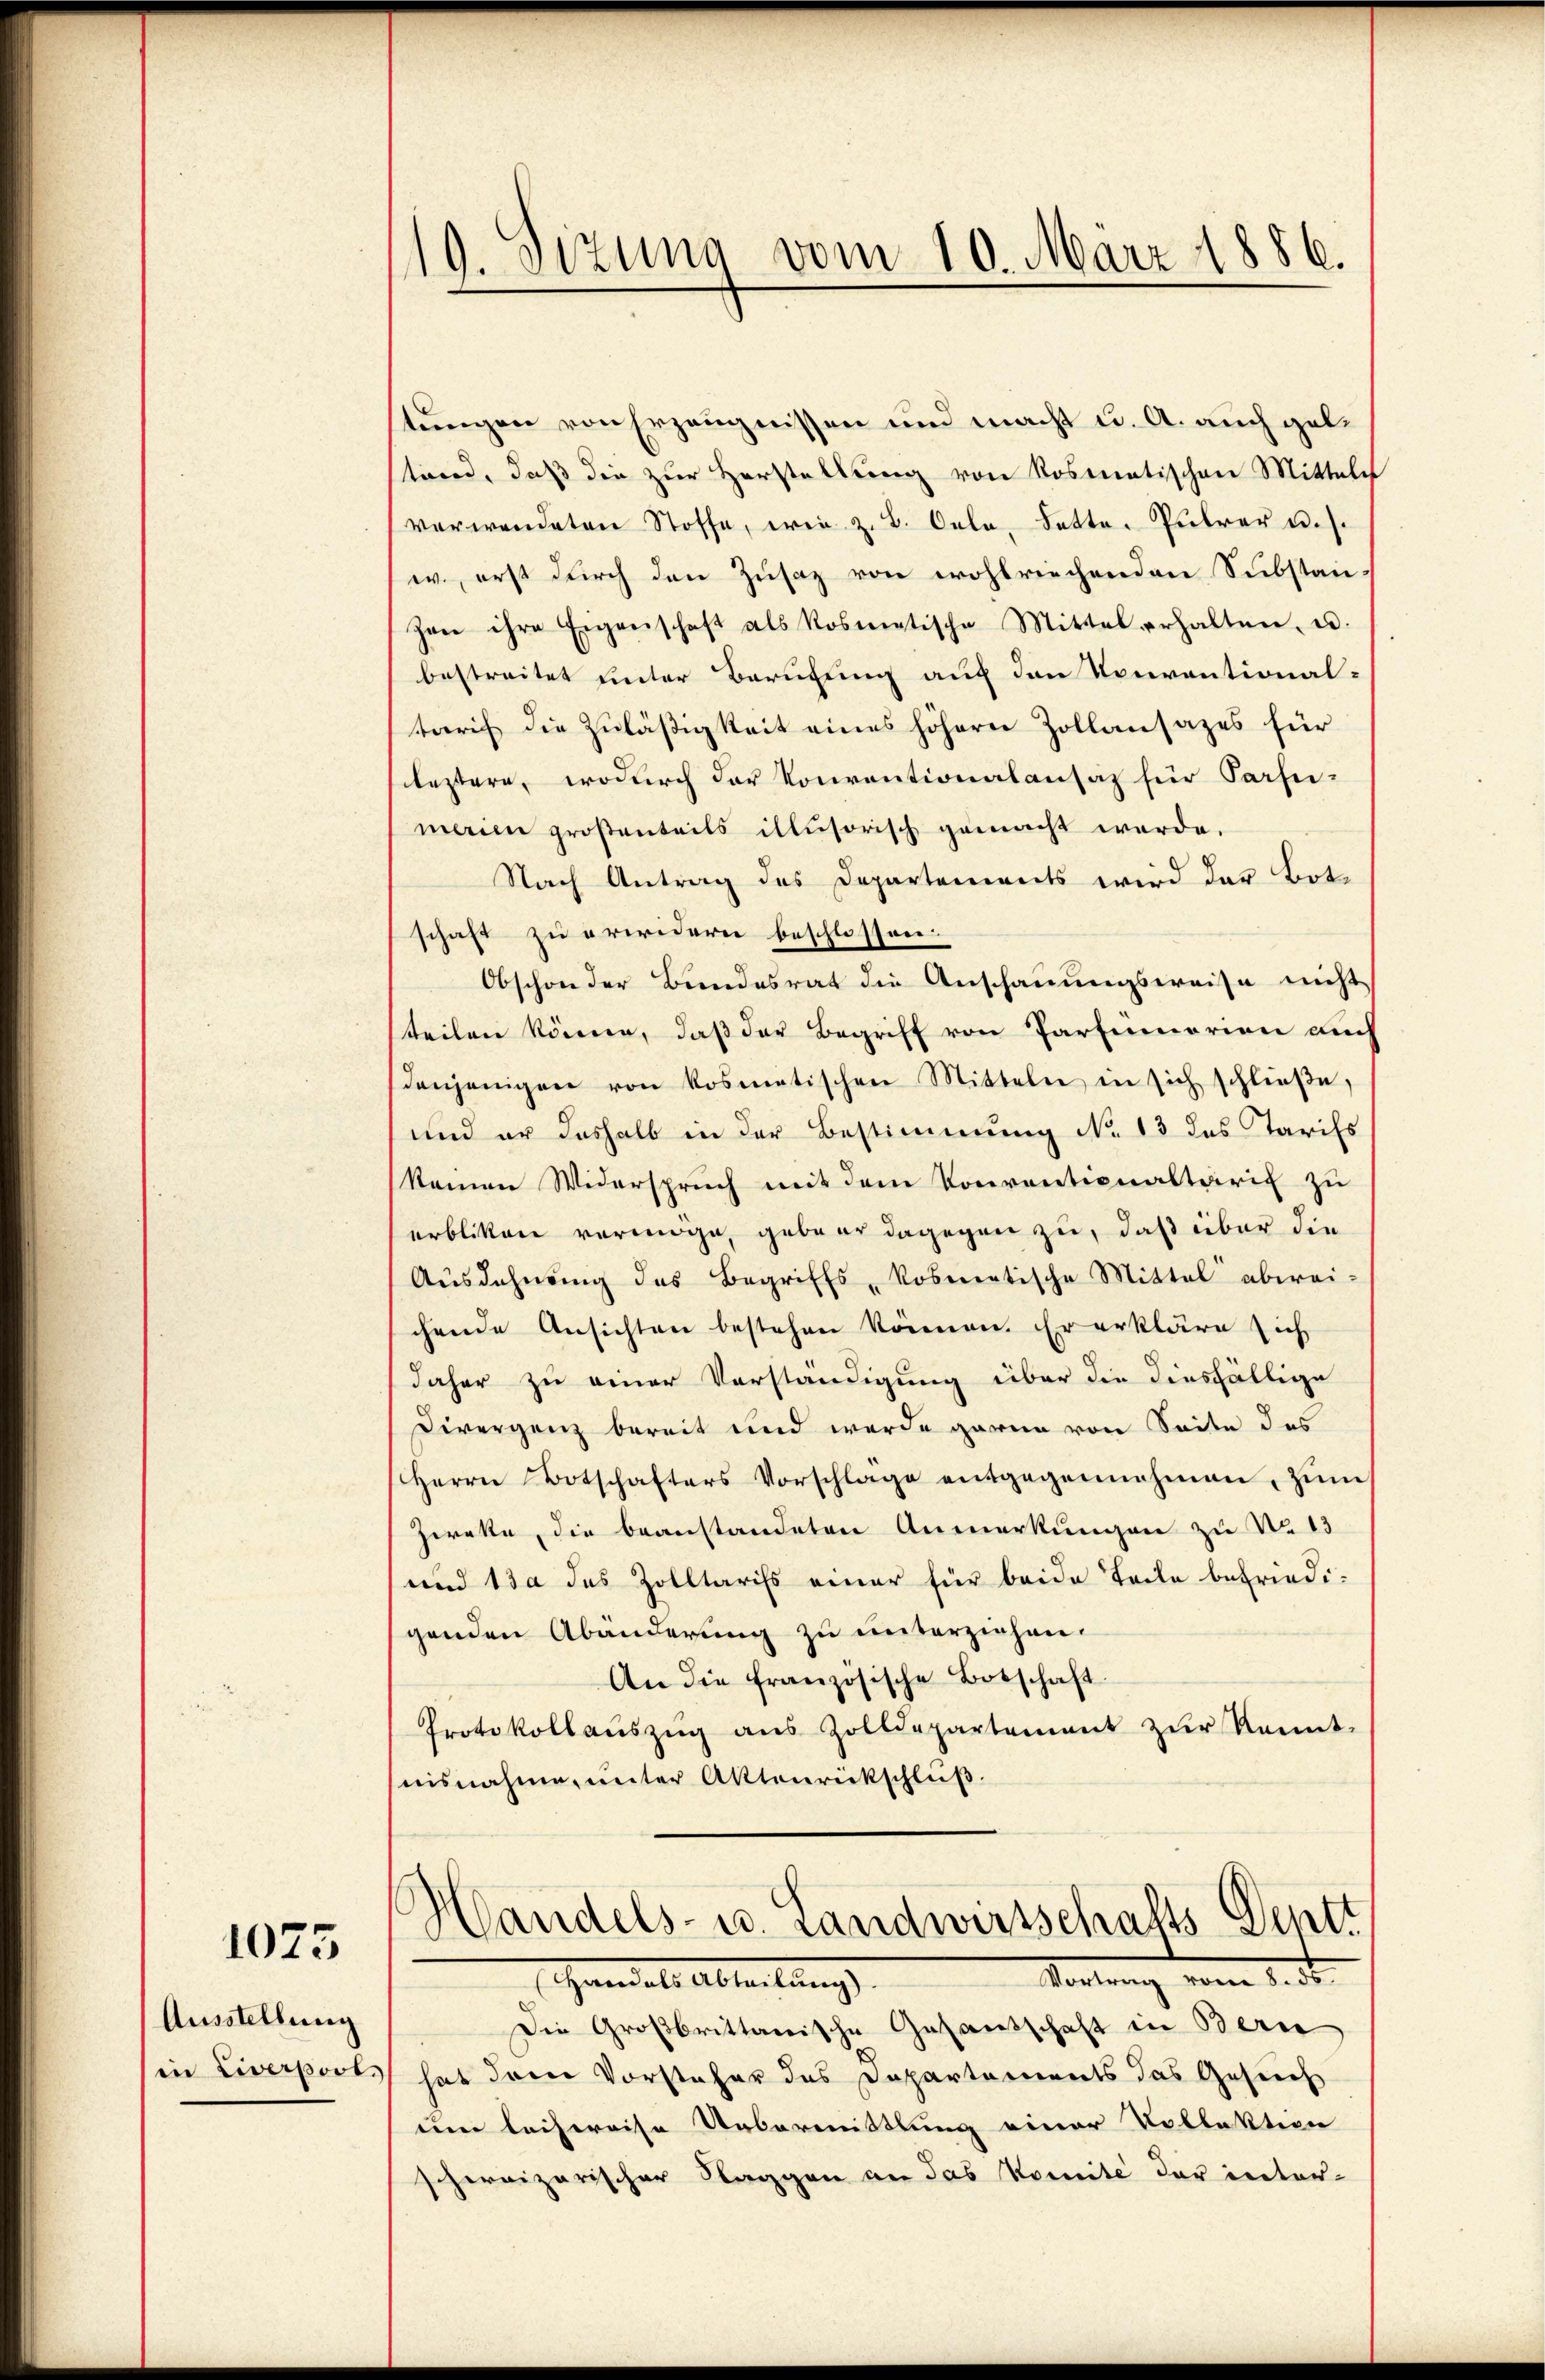
1075

Ausstellung
in Liverpool

119. Sizung vom 10. März 1886.

stungen von Erzeugnissen und macht u. A. auch gelstand, daß die zur Herstellung von Rosmatischen Mittels
verwendeten Stoffe, wie z. B. Cela, dette-Pührer u. s.
w., erst durch den Zusaz von wohlriechenden Substan-
zen ihre Eigenschaft als Rosmetische Mittel erhalten, u.
bestreitet unter Berufung auf den Konventional-
taris die Zuläßigkeit eines höhern Zollansazes für
leztern, wodurch der Konventionalansaz für Parfeimann großenteils illusorisch gemacht werde.
Nach Antrag des Departements wird der Botschaft zu erwidern beschlossen.
Obschon der Bundesrat die Anschauungsweise nicht
steilen könne, daß des Begriff von Partemorien auch
denjenigen von kosmetischen Mitteln in sich schließe,
und er deshalb in der Bestimmung No 13 das Tarifs
keinen Widerspruch mit dem Konventionaltarif zu
erbliken vermöge, geber dagegen zu, daß über die
Ausdehnung des Begriffs-kosmeatische Mittel abweichende Ansichten bestehen können. Er erkläre sich
daher zu einer Vorständigung über die diesfällige
Divergenz bereit und werde garnn von Seite des
Herrn Botschafters Vorschlage entgegennehmen, zŭm
Zweke, die beanstandeten Anmerkungen zu No 13
und 13 des Zolltarifs einer für beide Teile befriedi-
genden Abänderung zu unterziehen.
An die französische Botschaft.
Protokollaŭszŭg aŭs Zolldepartement zŭr Kennt-
nisnahme, unter Aktenrickschluß.

Handels- u. Landwirtschafts-Deptt
Vortrag vom 1. d.

Handels Abteilungs
Die Großbrittanische Gesandtschaft in Bern
 hat dem Vorsteher des Departements das Gesuch
um leichereise Uebermittlung einer Kollektion
schweizerischer Klaggen an das Komité der inter-